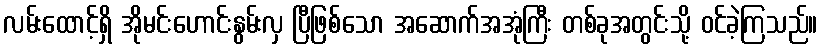
လမ်းထောင့်ရှိ အိုမင်းဟောင်းနွမ်းလှ ပြီဖြစ်သော အဆောက်အအုံကြီး တစ်ခုအတွင်းသို့ ဝင်ခဲ့ကြသည်။